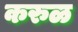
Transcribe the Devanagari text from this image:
करुळ